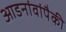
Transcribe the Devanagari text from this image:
आडनांवांपैकी